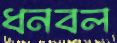
ধনবল